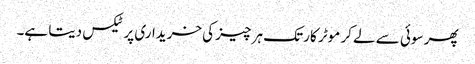
پھر سوئی سے لے کر موٹر کار تک ہر چیز کی خریداری پر ٹیکس دیتا ہے۔